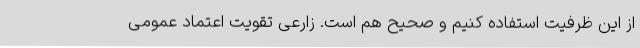
از این ظرفیت استفاده کنیم و صحیح هم است. زارعی تقویت اعتماد عمومی